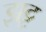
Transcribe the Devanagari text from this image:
झट्ट